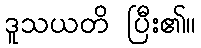
ဒူသယတိ ပြီး၏။